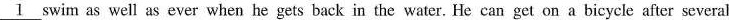
\underline{1} swim as well as ever when he gets back in the water. He can get on a bicycle after several